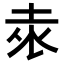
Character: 𭎕